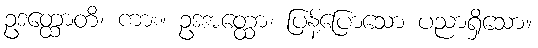
ဥဒတ္ထောတိ၊ ကား။ ဥဒအတ္ထော၊ ပြန့်ပြောသော ပညာရှိသော။